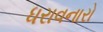
ધરાવનારો